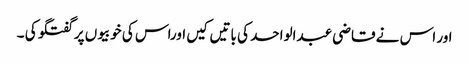
اور اس نے قاضی عبدالواحد کی باتیں کیں اوراس کی خوبیوں پر گفتگو کی ۔